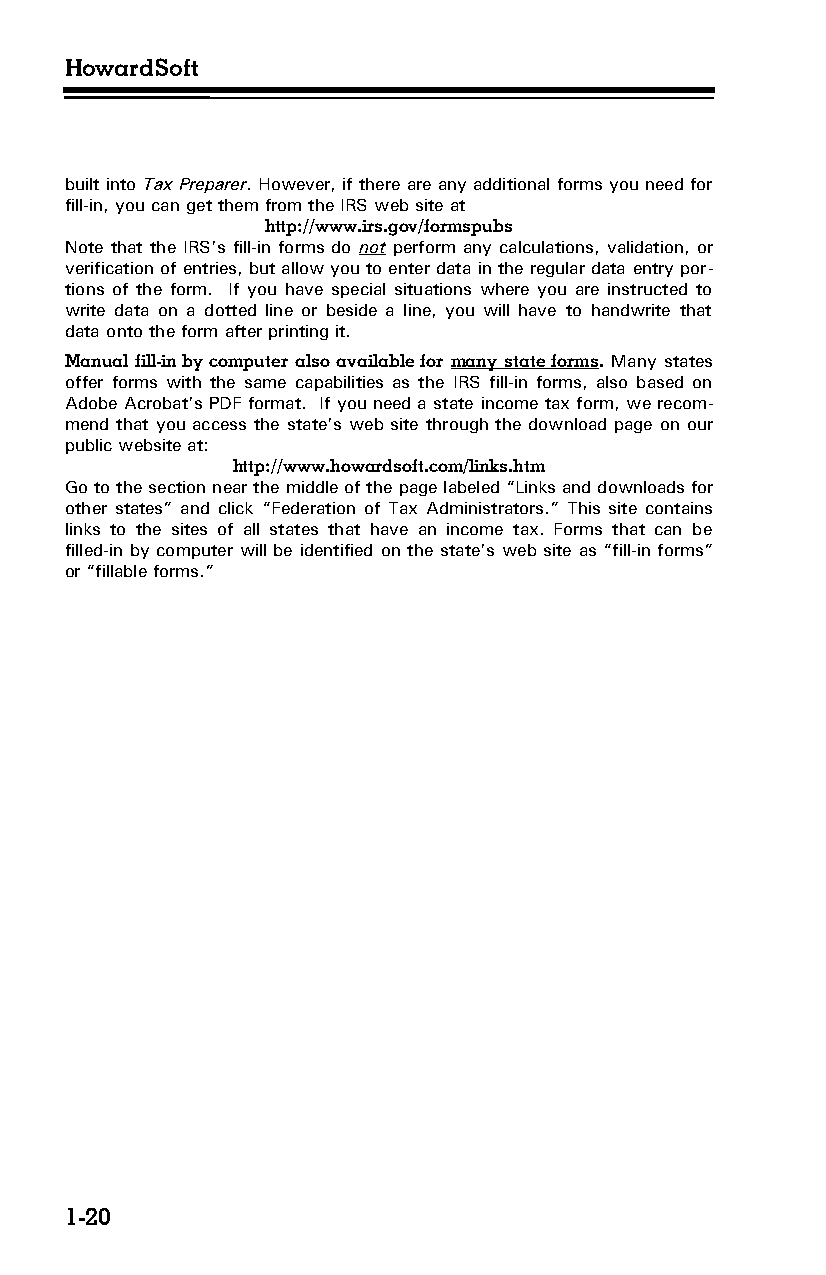
HowardSoft
 built into Tax Preparer. However, if there are any additional forms you need for
 fill-in, you can get them from the IRS web site at
 http://www.irs.gov/formspubs
 Note that the IRS’s fill-in forms do not perform any calculations, validation, or
 verification of entries, but allow you to enter data in the regular data entry por­
 tions of the form. If you have special situations where you are instructed to
 write data on a dotted line or beside a line, you will have to handwrite that
 data onto the form after printing it.
 Manual fill-in by computer also available for many state forms. Many states
 offer forms with the same capabilities as the IRS fill-in forms, also based on
 Adobe Acrobat’s PDF format. If you need a state income tax form, we recom­
 mend that you access the state’s web site through the download page on our
 public website at:
 http://www.howardsoft.com/links.htm
 Go to the section near the middle of the page labeled “Links and downloads for
 other states” and click “Federation of Tax Administrators.” This site contains
 links to the sites of all states that have an income tax. Forms that can be
 filled-in by computer will be identified on the state’s web site as “fill-in forms”
 or “fillable forms.”
 1-20